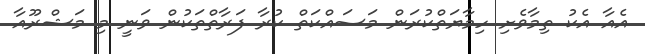
އެއާ އެކު ތިމާވެށި ހިމާޔަތްކުރަން މަސައްކަތް ކުރާ ފަރާތްތަކުން ވަނީ މި މަޝްރޫއާ